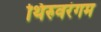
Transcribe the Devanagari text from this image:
थिरुवरंगम